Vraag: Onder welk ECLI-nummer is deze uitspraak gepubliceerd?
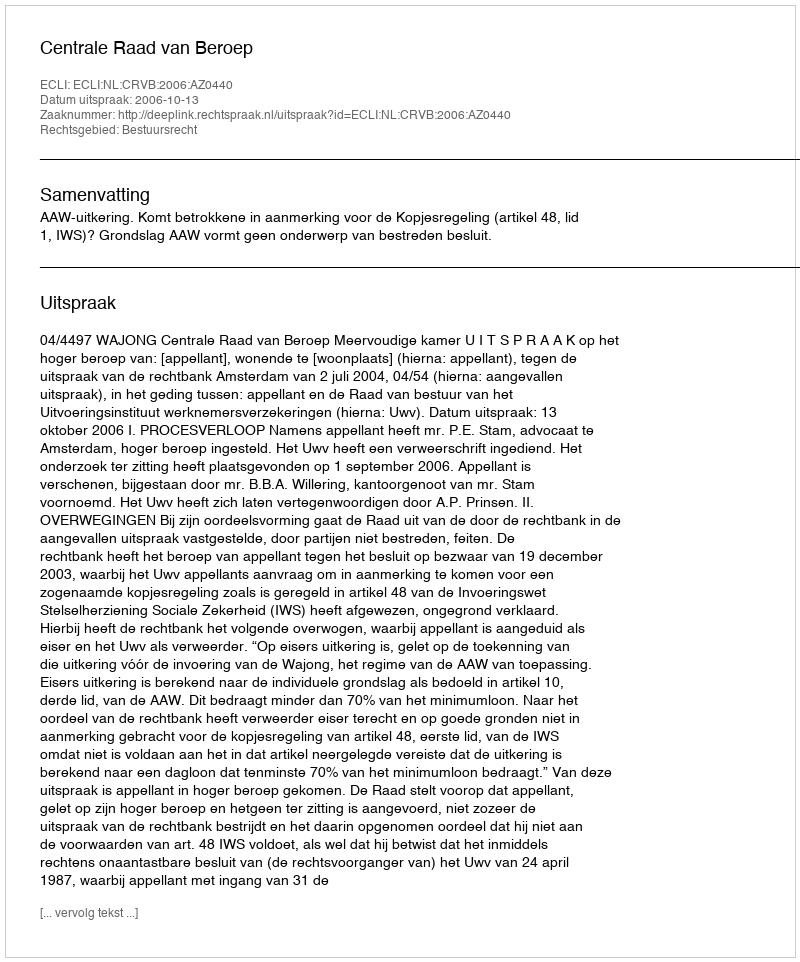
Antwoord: ECLI:NL:CRVB:2006:AZ0440